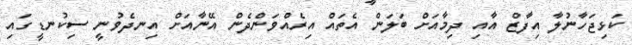
ކަޅިޖަހާނުލާ އިފާޒް އާއި ދިމާއަށް ބަލަން އެތައް އިރެއްވަންދެން އޭނާއަށް އިނދެވުނީ ސިކުނޑީގައި